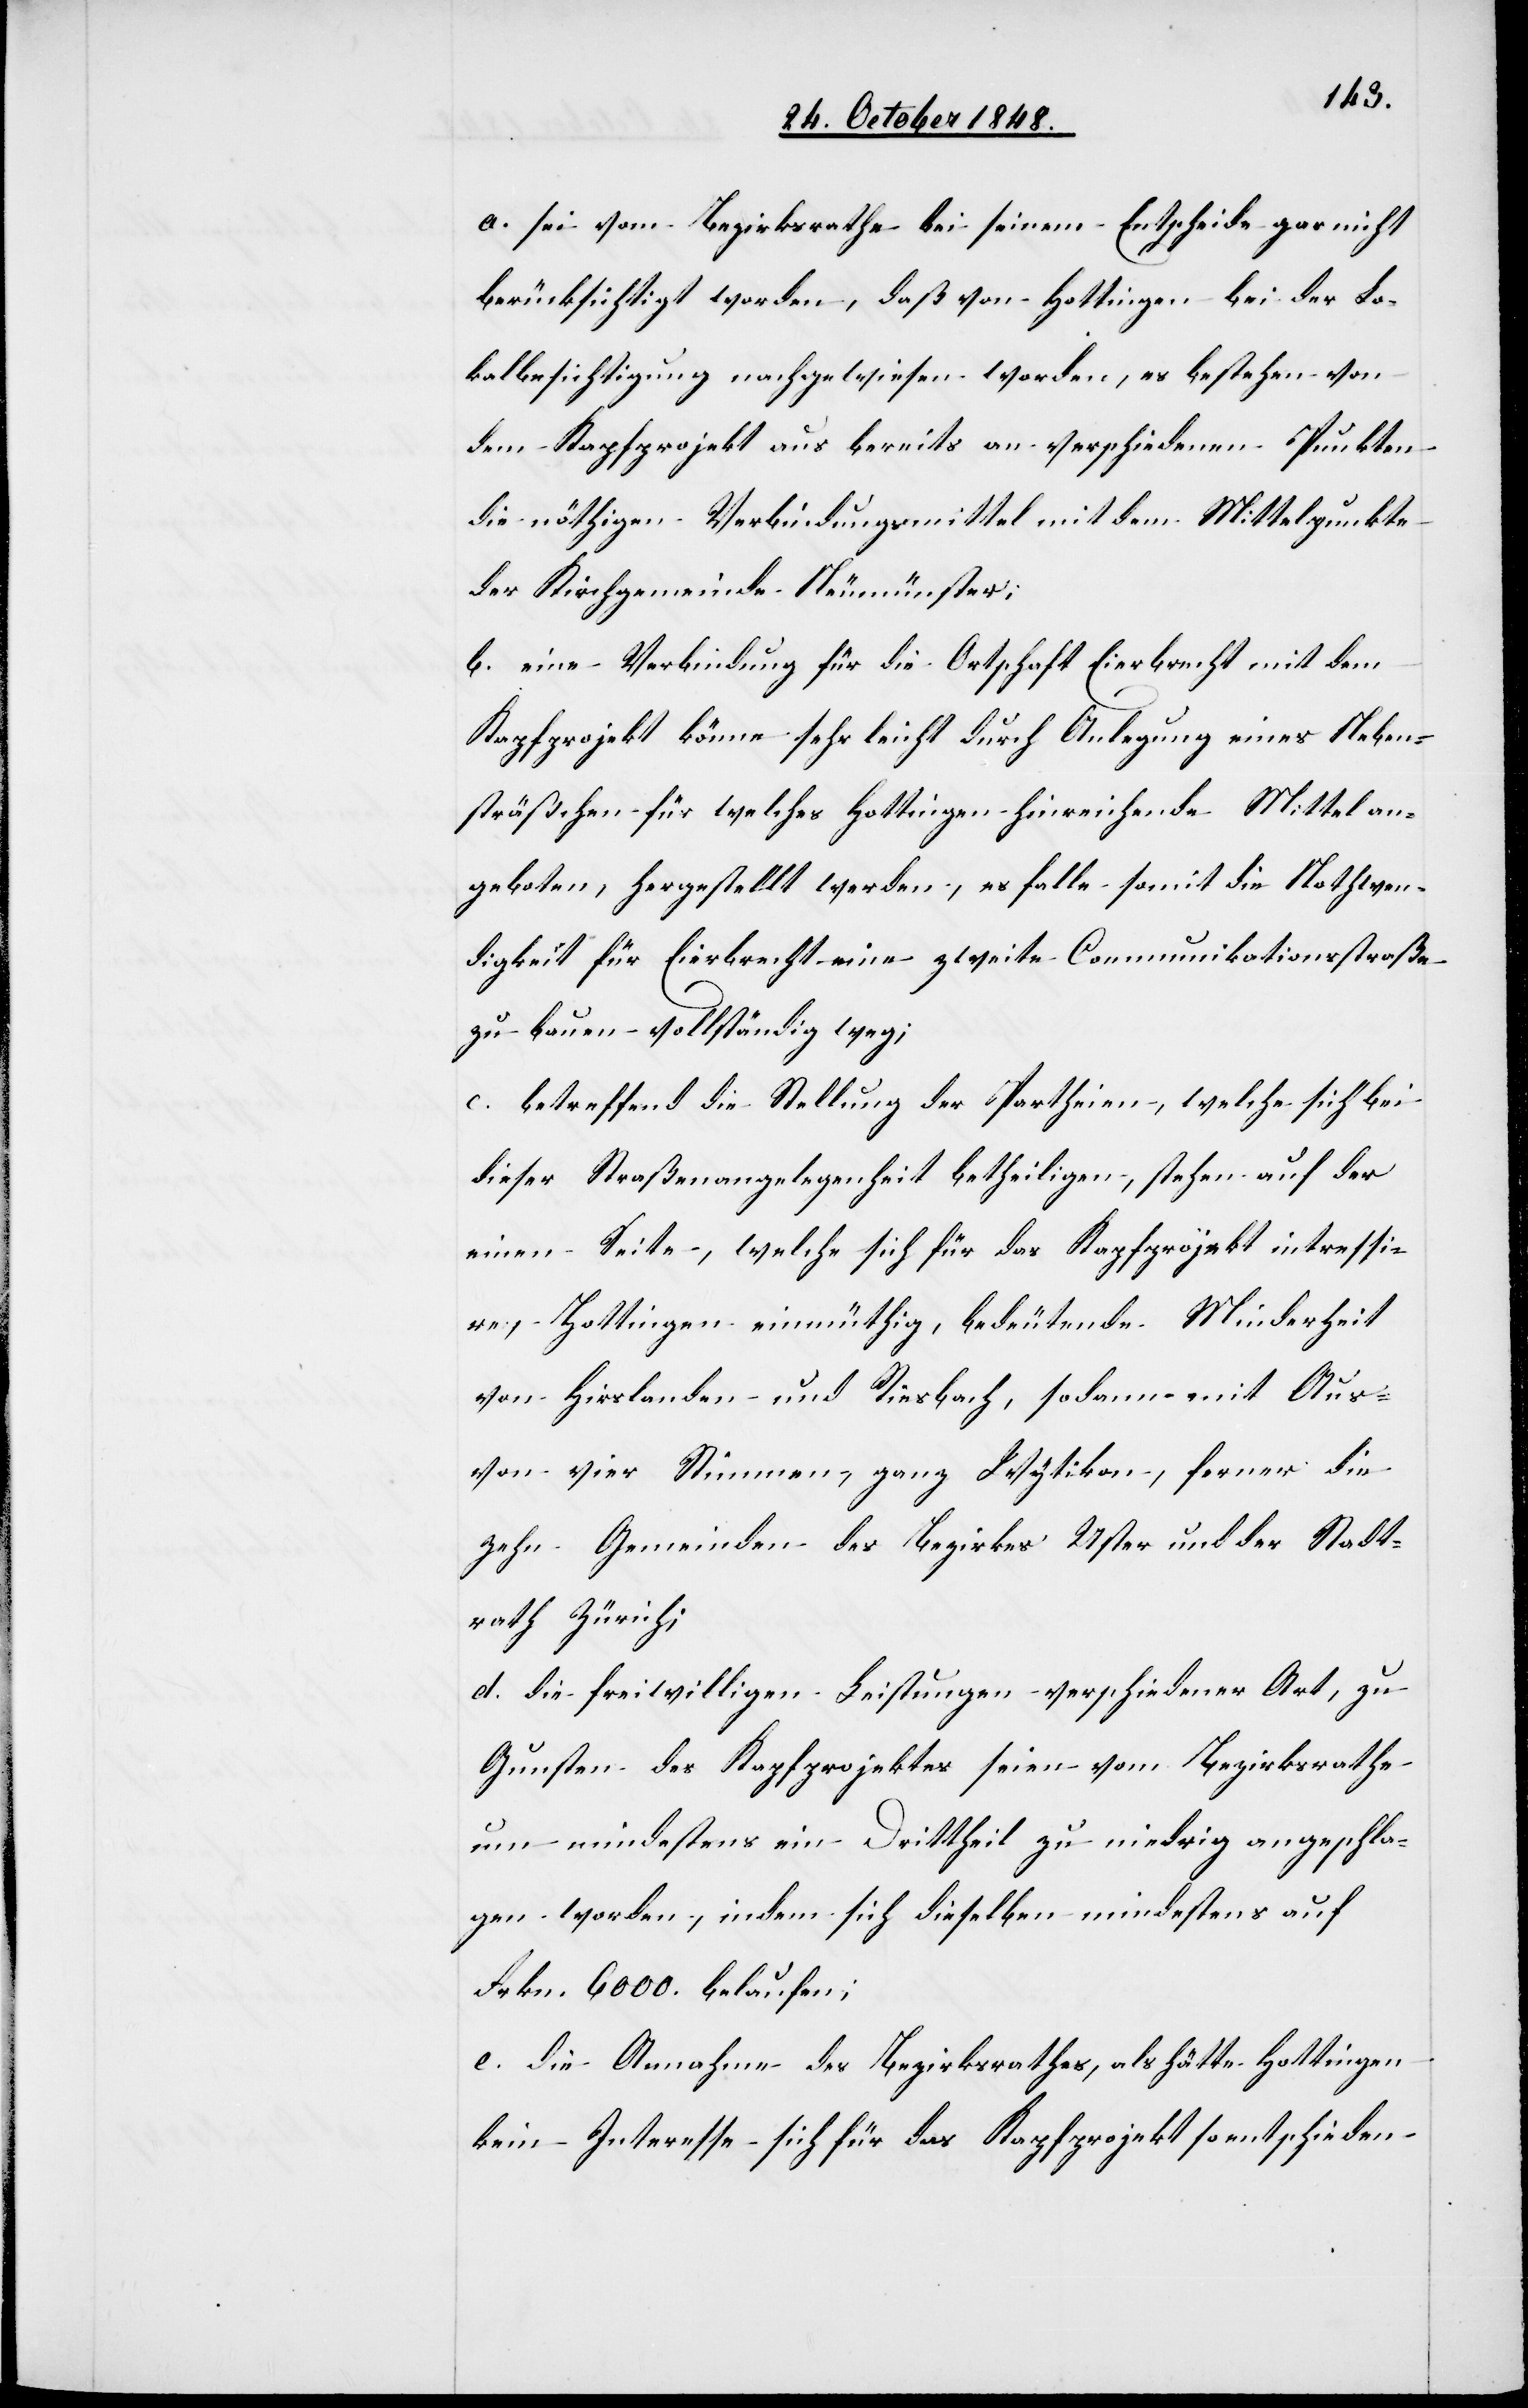
a. sei vom Bezirksrathe bei seinem Entscheide gar nicht
berücksichtigt worden, daß von Hottingen bei der Lo¬
kalbesichtigung nachgewiesen worden, es bestehen von
dem Kapfprojekt aus bereits an verschiedenen Punkten
die nöthigen Verbindungsmittel mit dem Mittelpunkte
der Kirchgemeinde Neumünster;
b. eine Verbindung für die Ortschaft Eierbrecht mit dem
Kapfprojekt könne sehr leicht durch Anlegung eines Neben¬
sträßchen für welches Hottingen hinreichende Mittel an¬
geboten, hergestellt werden, es falle somit die Nothwen¬
digkeit für Eierbrecht eine zweite Communikationsstraße
zu bauen vollständig weg;
c. betreffend die Stellung der Partheien, welche sich bei
dieser Straßenangelegenheit betheiligen, stehen auf der
einen Seite, welche sich für das Kapfprojekt intressi¬
ren, Hottingen einmüthig, bedeutende Minderheit
von Hirslanden und Riesbach, sodann mit
von vier Stimmen, ganz Wytikon, ferner die
zehn Gemeinde des Bezirkes Uster und der Stadt¬
rath Zürich.
d. die freiwilligen Leistungen verschiedener Art, zu
Gunsten des Kapfprojektes seien vom Bezirksrathe
um mindestens ein Drittheil zu niedrig angeschla¬
gen worden, indem sich dieselben mindestens auf
Frkn. 6000. belaufen;
e. die Annahme des Bezirksrathes, als hätte Hottingen
kein Interesse sich für das Kapfprojekt so entschieden